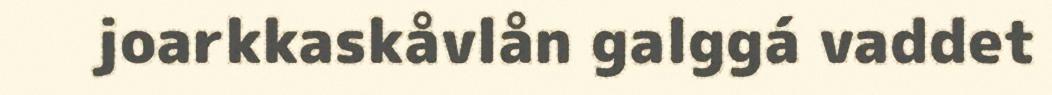
joarkkaskåvlån galggá vaddet